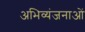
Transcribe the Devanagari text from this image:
अभिव्यंजनाओं